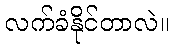
လက်ခံနိုင်တာလဲ။